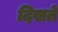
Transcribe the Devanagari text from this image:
दिखतें